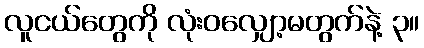
လူငယ်တွေကို လုံးဝလျှော့မတွက်နဲ့ ၃။